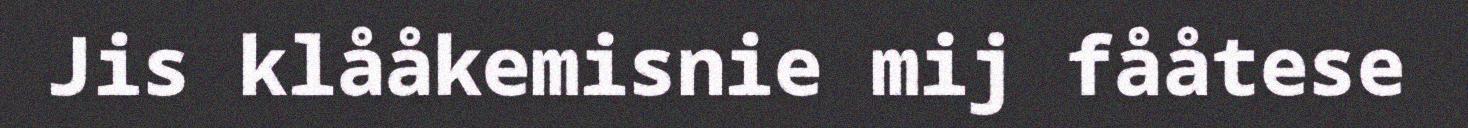
Jis klååkemisnie mij fååtese